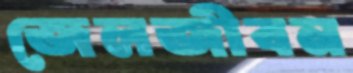
জেলজীবন